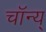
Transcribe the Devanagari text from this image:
चॉन्य्